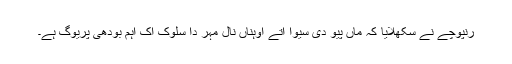
رنپوچے نے سکھلایا کہ ماں پیو دی سیوا اتے اوہناں نال مہر دا سلوک اک اہم بودھی پریوگ ہے۔